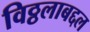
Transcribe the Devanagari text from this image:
विठ्ठलाबद्दल